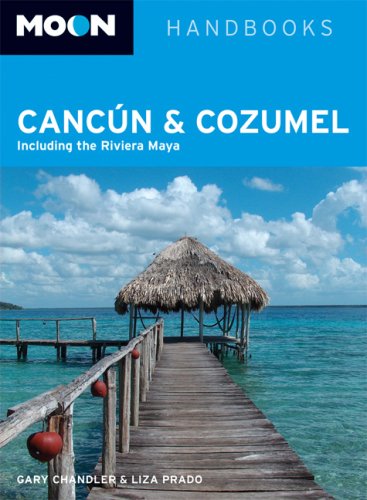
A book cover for Moon Cancun and Cozumel: Including the Riviera Maya (Moon Handbooks); Gary Chandler; Travel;